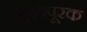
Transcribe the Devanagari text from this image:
मुखपूरक